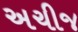
અચીજ